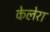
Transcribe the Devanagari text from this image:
केलेरा